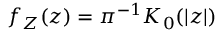
f _ { Z } ( z ) = \pi ^ { - 1 } K _ { 0 } ( | z | )